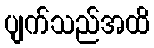
ပျက်သည်အထိ